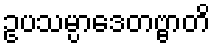
ဥပသမ္ပာဒေတဗ္ဗာတိ